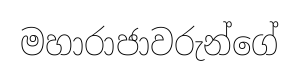
මහාරාජාවරුන්ගේ